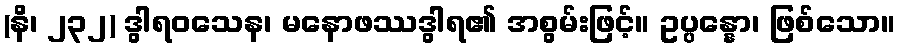
(နိ၊ ၂၃၂) ဒွါရဝသေန၊ မနောဖဿဒွါရ၏ အစွမ်းဖြင့်။ ဥပ္ပန္နော၊ ဖြစ်သော။